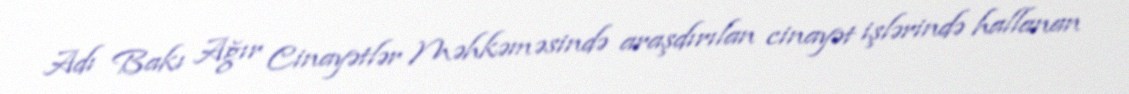
Adı Bakı Ağır Cinayətlər Məhkəməsində araşdırılan cinayət işlərində hallanan